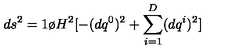
d s ^ { 2 } = { 1 \o { H ^ { 2 } } } [ - ( d q ^ { 0 } ) ^ { 2 } + \sum _ { i = 1 } ^ { D } ( d q ^ { i } ) ^ { 2 } ]